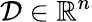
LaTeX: \mathcal{D}\in\mathbb{R}^{n}